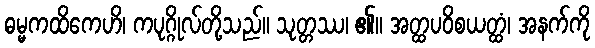
ဓမ္မကထိကေဟိ၊ ကပုဂ္ဂိုလ်တို့သည်။ သုတ္တဿ၊ ၏။ အတ္ထပဝိစယတ္ထံ၊ အနက်ကို